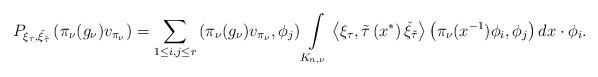
LaTeX: \begin{align*}P_{\xi_{\tau},\check{\xi}_{\tilde{\tau}}}\left(\pi_{\nu}(g_\nu)v_{\pi_{\nu}}\right)=\sum_{1\leq i,j\leq r}\left(\pi_{\nu}(g_\nu)v_{\pi_{\nu}} ,\phi_j\right)\int\limits_{K_{n,\nu}} \left<\xi_\tau,\tilde{\tau}\left(x^*\right)\check{\xi}_{\tilde{\tau}}\right>\left(\pi_{\nu}(x^{-1})\phi_{i},\phi_j\right)dx\cdot \phi_i.\end{align*}